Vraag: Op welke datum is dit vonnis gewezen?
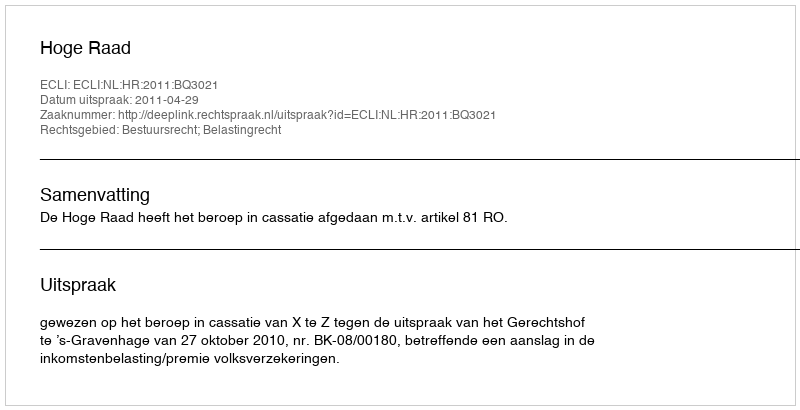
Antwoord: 2011-04-29